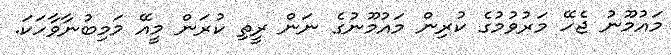
މައުމޫނު ޖެހޭ މަރުވުމުގެ ކުރިން މައުމޫނުގެ ނަން ރީތި ކުރަން މީއޭ މަމިބުނާވާހަކަ.